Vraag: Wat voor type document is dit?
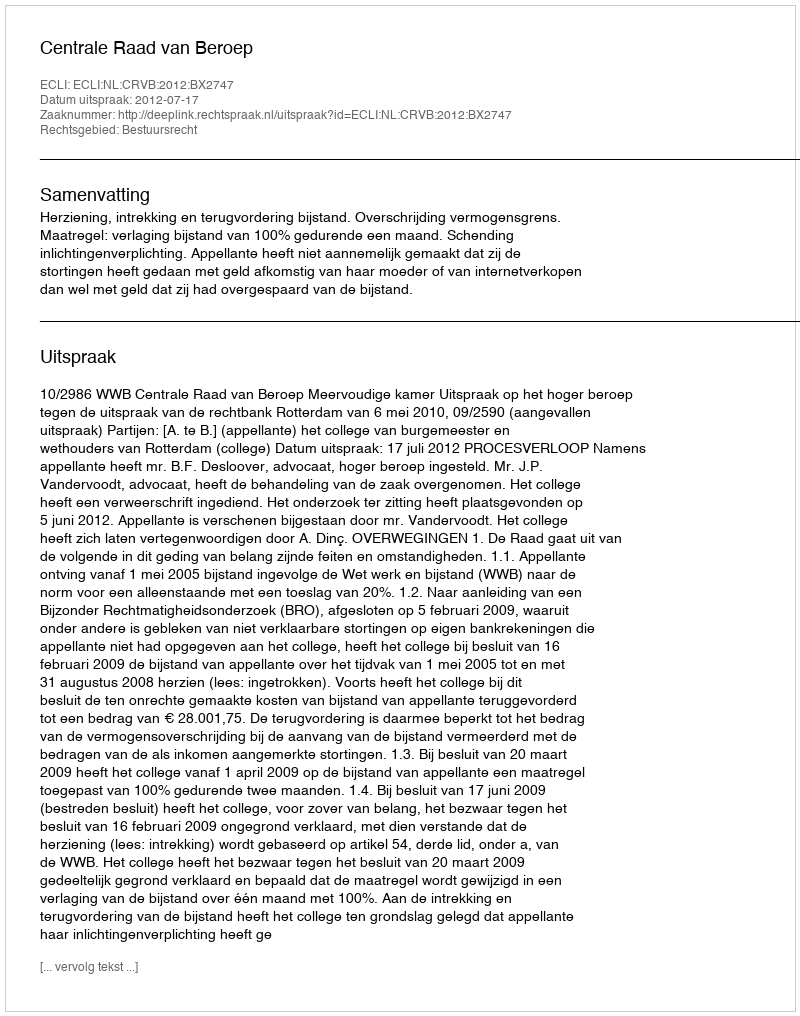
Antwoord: Uitspraak